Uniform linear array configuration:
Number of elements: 8
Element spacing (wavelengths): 0.5
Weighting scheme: hamming
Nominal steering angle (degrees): -60
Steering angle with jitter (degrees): -58.249
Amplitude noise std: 0.05
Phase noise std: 0.05

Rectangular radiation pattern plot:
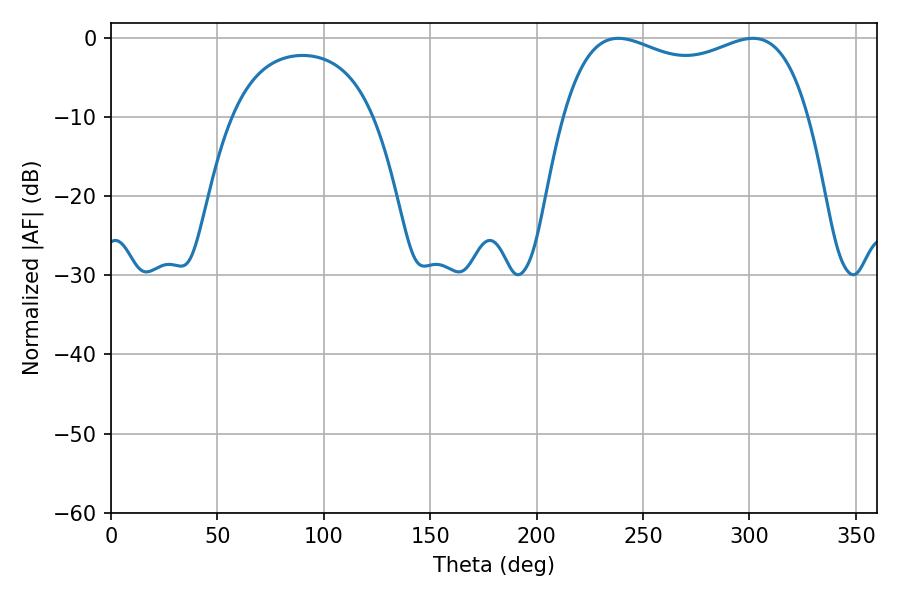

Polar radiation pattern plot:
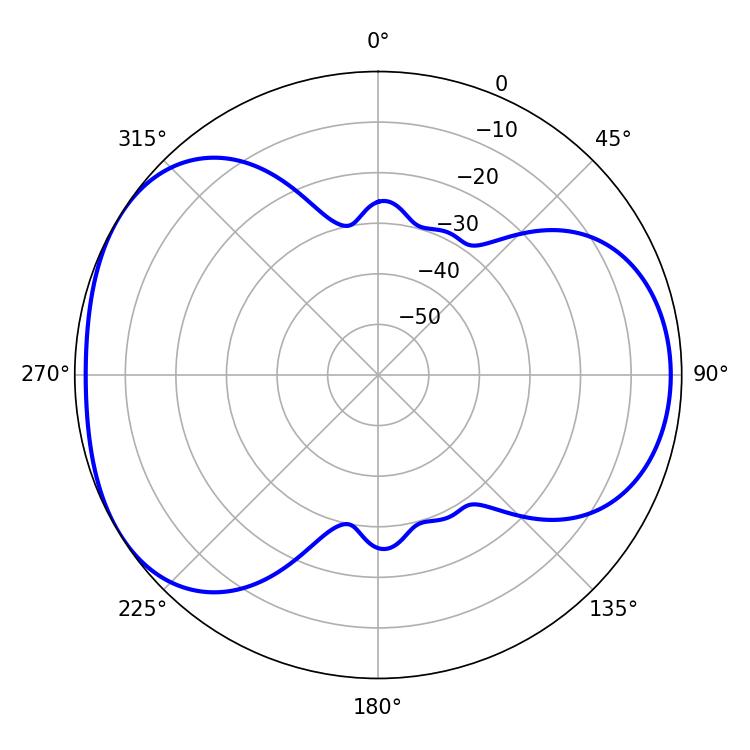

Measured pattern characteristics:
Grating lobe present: FALSE
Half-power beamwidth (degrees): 94.68
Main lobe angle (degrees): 238.32